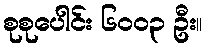
စုစုပေါင်း ၆၀၀၃ ဦး။